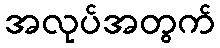
အလုပ်အတွက်